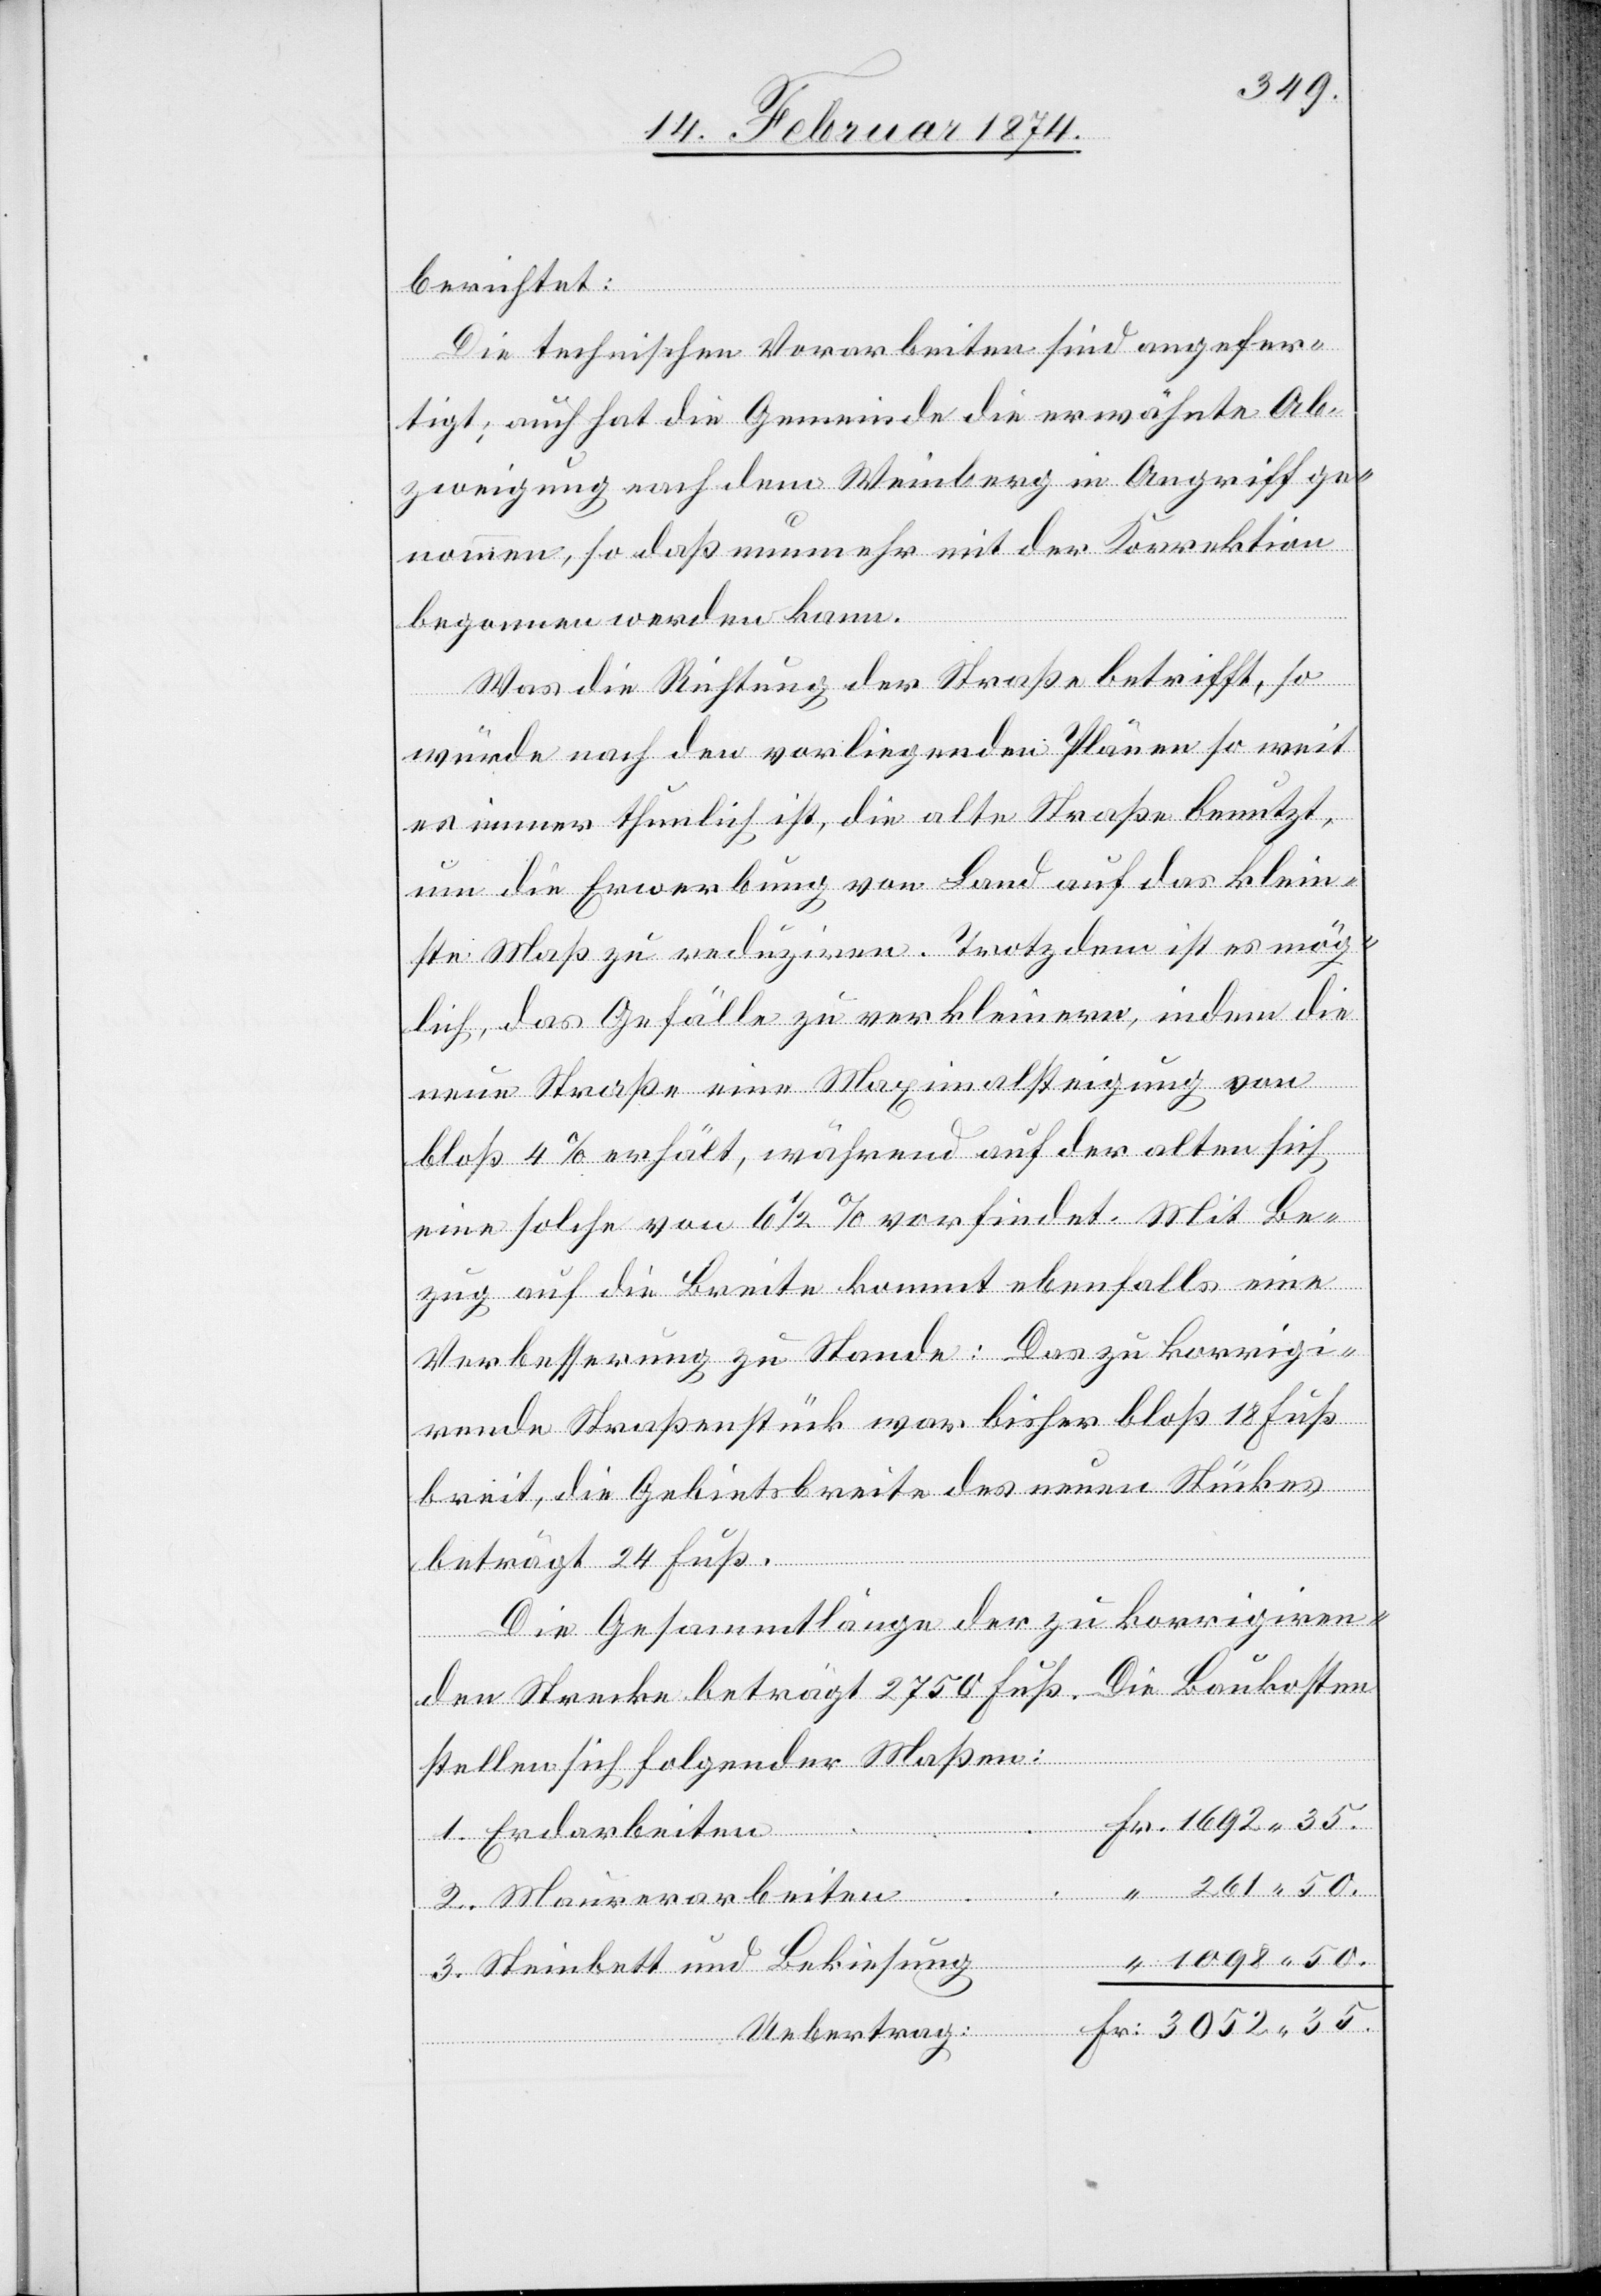
berichtet:
Die technischen Vorarbeiten sind angefer¬
3.
tigt, auch hat die Gemeinde die erwähnte Ab¬
zweigung nach dem Weinberg in Angriff ge¬
nommen, so daß nunmehr mit der Korrektion
begonnen werden kann.
Was die Richtung der Straße betrifft, so
Fr.
würde nach den vorliegenden Plänen so weit
es immer thunlich ist, die alte Straße benutzt,
um die Erwerbung von Land auf das klein¬
ste Maß zu reduziren. Trotzdem ist es mög¬
lich, das Gefälle zu verkleinern, indem die
neue Straße eine Maximalsteigung von
bloß 4% erhält, während auf der alten sich
eine solche von 6 1/2% vorfindet. Mit Be¬
zug auf die Breite kommt ebenfalls eine
Verbesserung zu Stande: Das zu korrigi¬
rende Straßenstück war bisher bloß 18 Fuß
breit, die Gebietsbreite des neuen Stückes
beträgt 24 Fuß.
Die Gesammtlänge der zu korrigiren¬
den Strecke beträgt 2750 Fuß. Die Baukosten
stellen sich folgender Maßen:
Erdarbeiten
Steinbett und Bekiesung